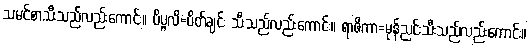
သမင်စာသီးသည်လည်းကောင်း။ ပိပ္ဖလိ=ပိတ်ချင်း သီးသည်လည်းကောင်း။ ရာဇိကာ=မုန်ညင်းသီးသည်လည်းကောင်း။